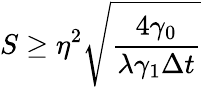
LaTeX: S\geq\eta^{2}\sqrt{\frac{4\gamma_{0}}{\lambda\gamma_{1}\Delta t}}